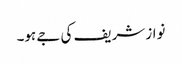
نواز شریف کی جے ہو۔